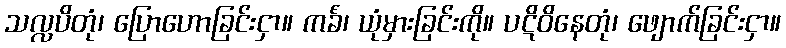
သလ္လပိတုံ၊ ပြောဟောခြင်းငှာ။ ကင်္ခံ၊ ယုံမှားခြင်းကို။ ပဋိဝိနေတုံ၊ ဖျောက်ခြင်းငှာ။